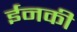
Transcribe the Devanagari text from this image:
ईनकी